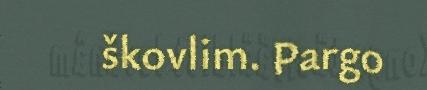
škovlim. Pargo